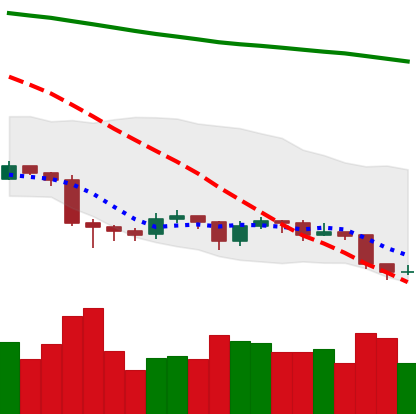
Ticker: EOS-USD
Chart end date: 2019-08-30
Forward return: 3.03%
Label: up_3_5